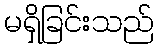
မရှိခြင်းသည်